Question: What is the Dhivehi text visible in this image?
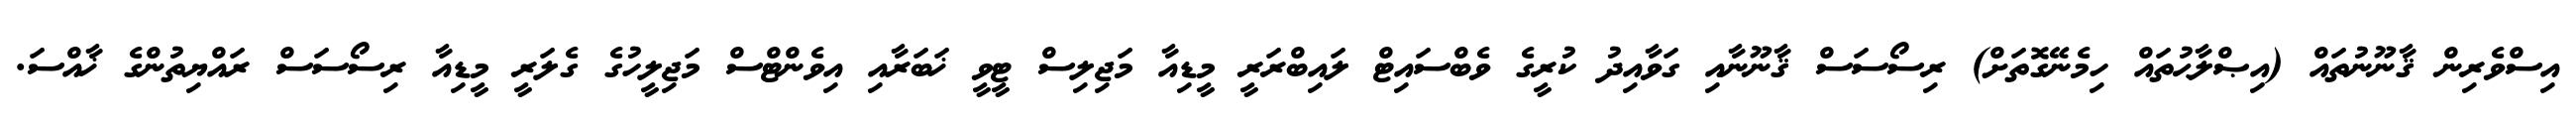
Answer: އިސްވެރިން ޤާނޫނުތައް (އިޞްލާޙުތައް ހިމެނޭގޮތަށް) ރިސޯސަސް ޤާނޫނާއި ގަވާއިދު ކުރީގެ ވެބްސައިޓް ލައިބްރަރީ މީޑިއާ މަޖިލިސް ޓީވީ ޚަބަރާއި އިވެންޓްސް މަޖިލީހުގެ ގެލަރީ މީޑިއާ ރިސޯސަސް ރައްޔިތުންގެ ޚާއްސަ.